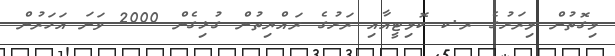
މިގޮތުން މިރަށުގެ ރ.ކ ކޮމިޓީއާއި ރަށުގެ ރައްޔިތުން ގުޅިގެން 2000 ވަނަ އަހަރުން